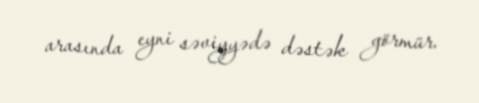
arasında eyni səviyyədə dəstək görmür.